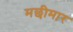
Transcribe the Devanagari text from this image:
मछीमार